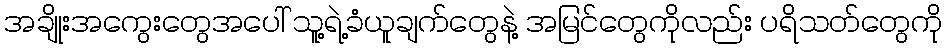
အချိုးအကွေးတွေအပေါ် သူ့ရဲ့ခံယူချက်တွေနဲ့ အမြင်တွေကိုလည်း ပရိသတ်တွေကို